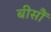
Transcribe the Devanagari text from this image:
बीसौं